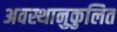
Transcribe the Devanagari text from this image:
अवस्थानुकुलित